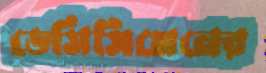
ডেসিসিমেনের